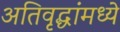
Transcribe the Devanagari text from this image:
अतिवृद्धांमध्ये